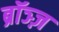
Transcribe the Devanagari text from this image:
ब्रॉञ्ज़